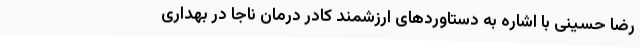
رضا حسینی با اشاره به دستاوردهای ارزشمند کادر درمان ناجا در بهداری